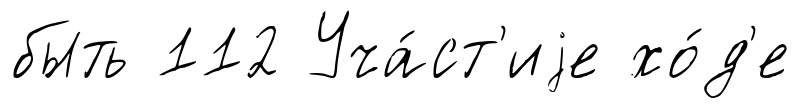
быть 112 Уча́ст'иjе хо́д'е